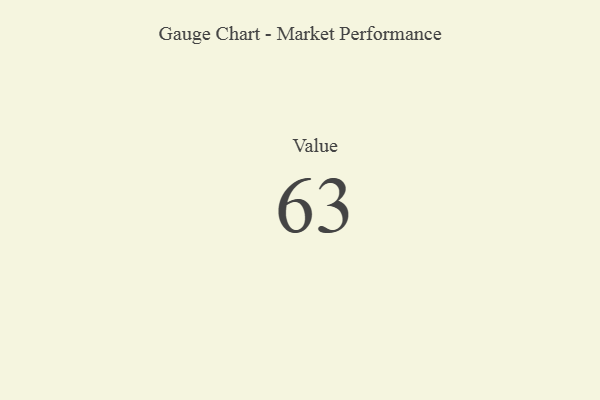
{"axis": {"x": "Metric", "y": "Value"}, "legend": [""], "data": [{"x": "Value", "y": 63, "type": ""}]}